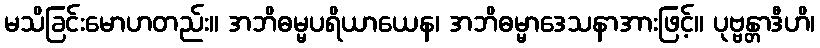
မသိခြင်းမောဟတည်း။ အဘိဓမ္မပရိယာယေန၊ အဘိဓမ္မာဒေသနာအားဖြင့်။ ပုဗ္ဗန္တာဒီဟိ၊